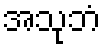
အသုဘံ